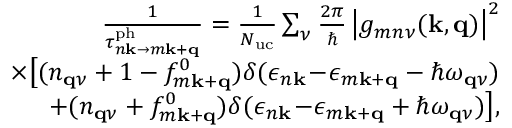
\begin{array} { r l r } & { } & { \frac { 1 } { \tau _ { n \mathbf { k } \to m \mathbf { k } + \mathbf { q } } ^ { \mathrm { p h } } } = \frac { 1 } { N _ { \mathrm { u c } } } \sum _ { \nu } \frac { 2 \pi } { \hbar } \left| g _ { m n \nu } ( \mathbf { k } , \mathbf { q } ) \right| ^ { 2 } } \\ & { } & { \times \big [ ( n _ { \mathbf { q } \nu } + 1 - f _ { m \mathbf { k } + \mathbf { q } } ^ { 0 } ) \delta ( \epsilon _ { n \mathbf { k } } \! - \! \epsilon _ { m \mathbf { k } + \mathbf { q } } - \hbar \omega _ { \mathbf { q } \nu } ) } \\ & { } & { + ( n _ { \mathbf { q } \nu } + f _ { m \mathbf { k } + \mathbf { q } } ^ { 0 } ) \delta ( \epsilon _ { n \mathbf { k } } \! - \! \epsilon _ { m \mathbf { k } + \mathbf { q } } + \hbar \omega _ { \mathbf { q } \nu } ) \big ] , } \end{array}